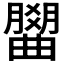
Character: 𣎭